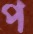
প